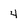
Character: 4